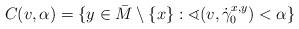
LaTeX: \begin{align*}C(v,\alpha)=\{y\in\bar M\setminus\{x\}:\sphericalangle(v,\dot\gamma^{x,y}_{0})<\alpha\}\end{align*}